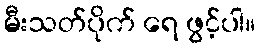
မီးသတ်ပိုက် ရေ ဖွင့်ပါ။